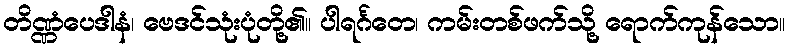
တိဏ္ဏံပေဒါနံ၊ ဗေဒင်သုံးပုံတို့၏။ ပါရင်္ဂတေ၊ ကမ်းတစ်ဖက်သို့ ရောက်ကုန်သော။